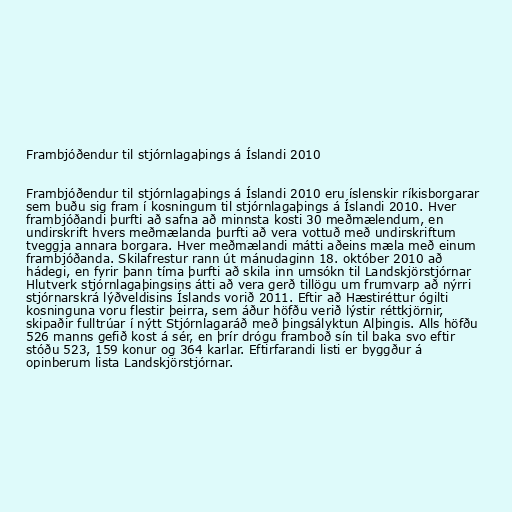
Frambjóðendur til stjórnlagaþings á Íslandi 2010

Frambjóðendur til stjórnlagaþings á Íslandi 2010 eru íslenskir ríkisborgarar
sem buðu sig fram í kosningum til stjórnlagaþings á Íslandi 2010. Hver
frambjóðandi þurfti að safna að minnsta kosti 30 meðmælendum, en
undirskrift hvers meðmælanda þurfti að vera vottuð með undirskriftum
tveggja annara borgara. Hver meðmælandi mátti aðeins mæla með einum
frambjóðanda. Skilafrestur rann út mánudaginn 18. október 2010 að
hádegi, en fyrir þann tíma þurfti að skila inn umsókn til Landskjörstjórnar
Hlutverk stjórnlagaþingsins átti að vera gerð tillögu um frumvarp að nýrri
stjórnarskrá lýðveldisins Íslands vorið 2011. Eftir að Hæstiréttur ógilti
kosninguna voru flestir þeirra, sem áður höfðu verið lýstir réttkjörnir,
skipaðir fulltrúar í nýtt Stjórnlagaráð með þingsályktun Alþingis. Alls höfðu
526 manns gefið kost á sér, en þrír drógu framboð sín til baka svo eftir
stóðu 523, 159 konur og 364 karlar. Eftirfarandi listi er byggður á
opinberum lista Landskjörstjórnar.